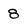
Character: 8